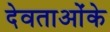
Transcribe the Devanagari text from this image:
देवताओंके